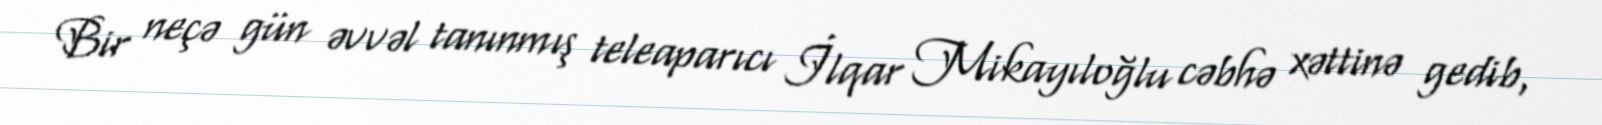
Bir neçə gün əvvəl tanınmış teleaparıcı İlqar Mikayıloğlu cəbhə xəttinə gedib,